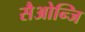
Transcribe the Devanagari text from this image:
सैओन्जि